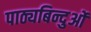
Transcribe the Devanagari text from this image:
पाठ्यबिन्दुओं